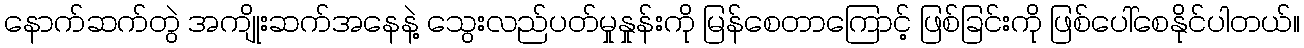
နောက်ဆက်တွဲ အကျိုးဆက်အနေနဲ့ သွေးလည်ပတ်မှုနှုန်းကို မြန်စေတာကြောင့် ဖြစ်ခြင်းကို ဖြစ်ပေါ်စေနိုင်ပါတယ်။